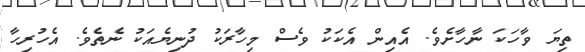
ތިޔަ ވާހަކަ ނާހާށެވެ. އެއިން އެކަކު ވެސް މިހާރަކު ދުނިޔެއަކު ނެތެވެ. އެހުރިހާ